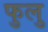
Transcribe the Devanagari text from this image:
फुलु